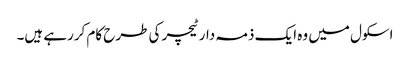
اسکول میں وہ ایک ذمہ دار ٹیچر کی طرح کام کررہے ہیں۔